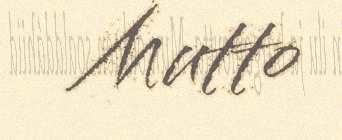
Mutto